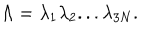
\Lambda = \lambda _ { 1 } \lambda _ { 2 } . . . \lambda _ { 3 N } .